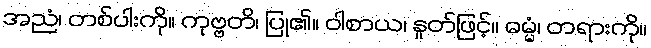
အညံ၊ တစ်ပါးကို။ ကုဗ္ဗတိ၊ ပြု၏။ ဝါစာယ၊ နှုတ်ဖြင့်။ ဓမ္မံ၊ တရားကို။